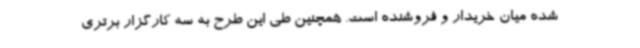
شده میان خریدار و فروشنده است. همچنین طی این طرح به سه کارگزار برتری